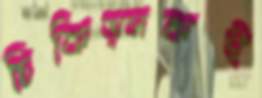
চিকিত্সকই